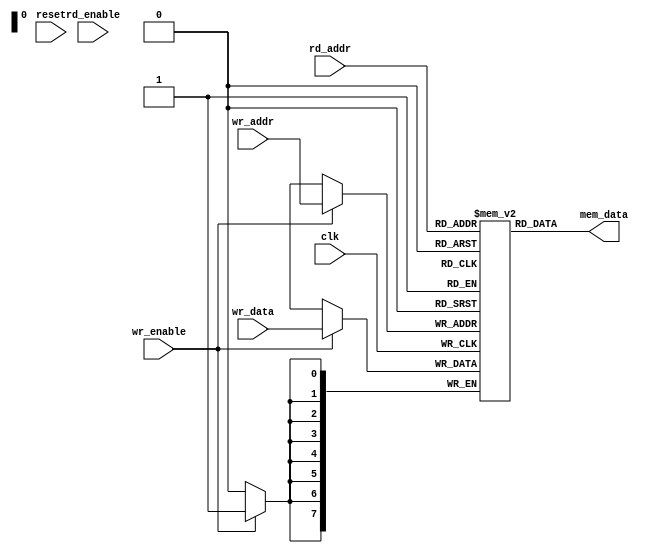
module inv_s_box (clk, reset, rd_enable, wr_enable, rd_addr, wr_addr, wr_data, mem_data);
	
	//Async Read - Sync Write RAM
	
	input clk, reset, rd_enable, wr_enable;
	input [0:7] rd_addr, wr_data, wr_addr;
	
	output wire [0:7] mem_data;
	
	reg [0:7] memblock [0:255] ;
	
	always @(posedge clk) begin
		if (wr_enable) memblock[wr_addr] <= wr_data;
	end
	assign mem_data = memblock[rd_addr];
endmodule